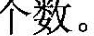
个数。